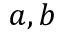
a , b